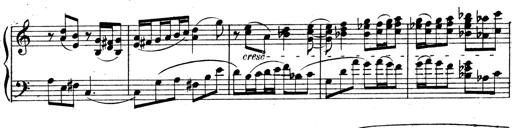
Title: 3 Sonatinas for Piano
Composer: Vissarion Shebalin